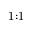
1 { : } 1